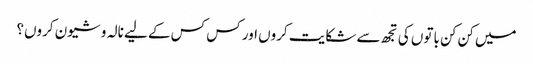
میں کن کن باتوں کی تجھ سے شکایت کروں اور کس کس کے لیے نالہ و شیون کروں؟